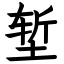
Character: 堑